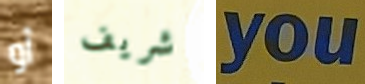
أو شريف you